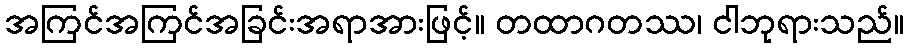
အကြင်အကြင်အခြင်းအရာအားဖြင့်။ တထာဂတဿ၊ ငါဘုရားသည်။